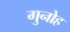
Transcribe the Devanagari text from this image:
गुनोह